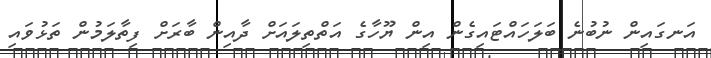
އަނގައިން ނުބުނެ ބަލަހައްޓައިގެން އިން ޔޫހާގެ އަތްތިލައަށް ދާއިން ބާރަށް ފިތާލަމުން ތަޅުވައި